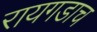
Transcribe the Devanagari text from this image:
रायगडाच